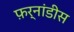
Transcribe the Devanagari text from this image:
फ़र्नांडीस